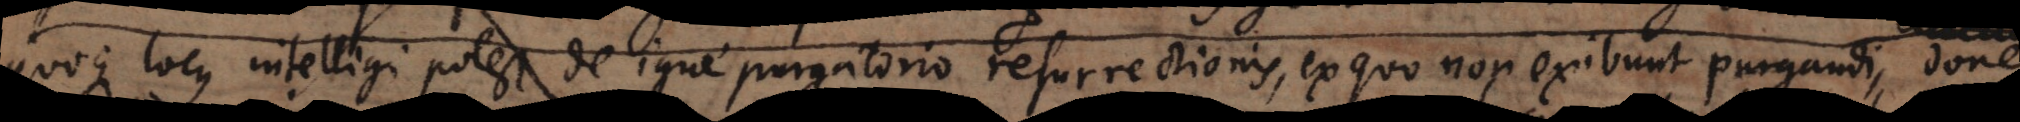
quoque locus intelligi potest de igne purgatorio resurrectionis, ex quo non exibunt purgandi, donec